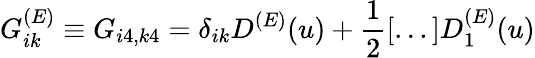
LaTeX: G_{ik}^{(E)}\equiv G_{i4,k4}=\delta_{ik}D^{(E)}(u)+\frac{1}{2}[...]D_{1}^{(E)}(u)